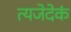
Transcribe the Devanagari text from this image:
त्यजेदेकं